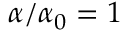
\alpha / \alpha _ { 0 } = 1